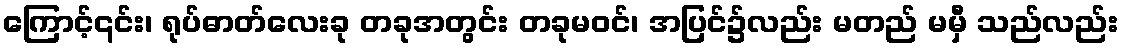
ကြောင့်၎င်း၊ ရုပ်ဓာတ်လေးခု တခုအတွင်း တခုမဝင်၊ အပြင်၌လည်း မတည် မမှီ သည်လည်း